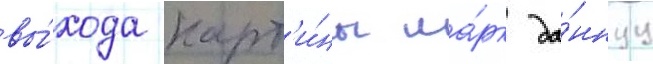
вы́хода карт'и́ны ма́рк да́ннуу